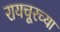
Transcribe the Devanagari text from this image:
रायचूरच्या